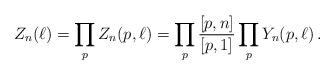
LaTeX: \begin{align*} Z_n(\ell) = \prod_p Z_n(p,\ell) =\prod_p \frac{[p,n]}{[p,1]} \prod_p Y_n(p,\ell) \,.\end{align*}